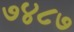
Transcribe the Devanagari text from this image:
७४८७